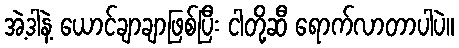
အဲ့ဒါနဲ့ ယောင်ချာချာဖြစ်ပြီး ငါတို့ဆီ ရောက်လာတာပါပဲ။